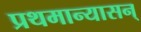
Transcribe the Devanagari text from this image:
प्रथमान्यासन्